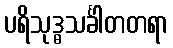
ပရိသုဒ္ဓသင်္ခါတတရာ